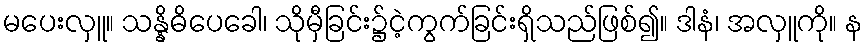
မပေးလှူ။ သန္နိဓိပေခေါ၊ သိုမှီခြင်း၌ငဲ့ကွက်ခြင်းရှိသည်ဖြစ်၍။ ဒါနံ၊ အလှူကို။ န